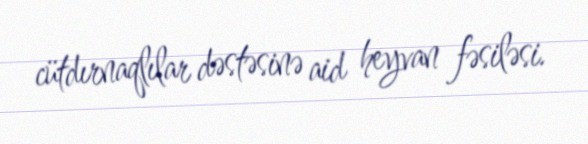
cütdırnaqlılar dəstəsinə aid heyvan fəsiləsi.